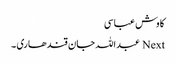
کاوش عباسی
Next عبداللہ جان قندھاری ۔